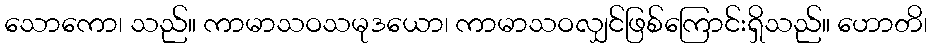
သောကော၊ သည်။ ကာမာသဝသမုဒယော၊ ကာမာသဝလျှင်ဖြစ်ကြောင်းရှိသည်။ ဟောတိ၊